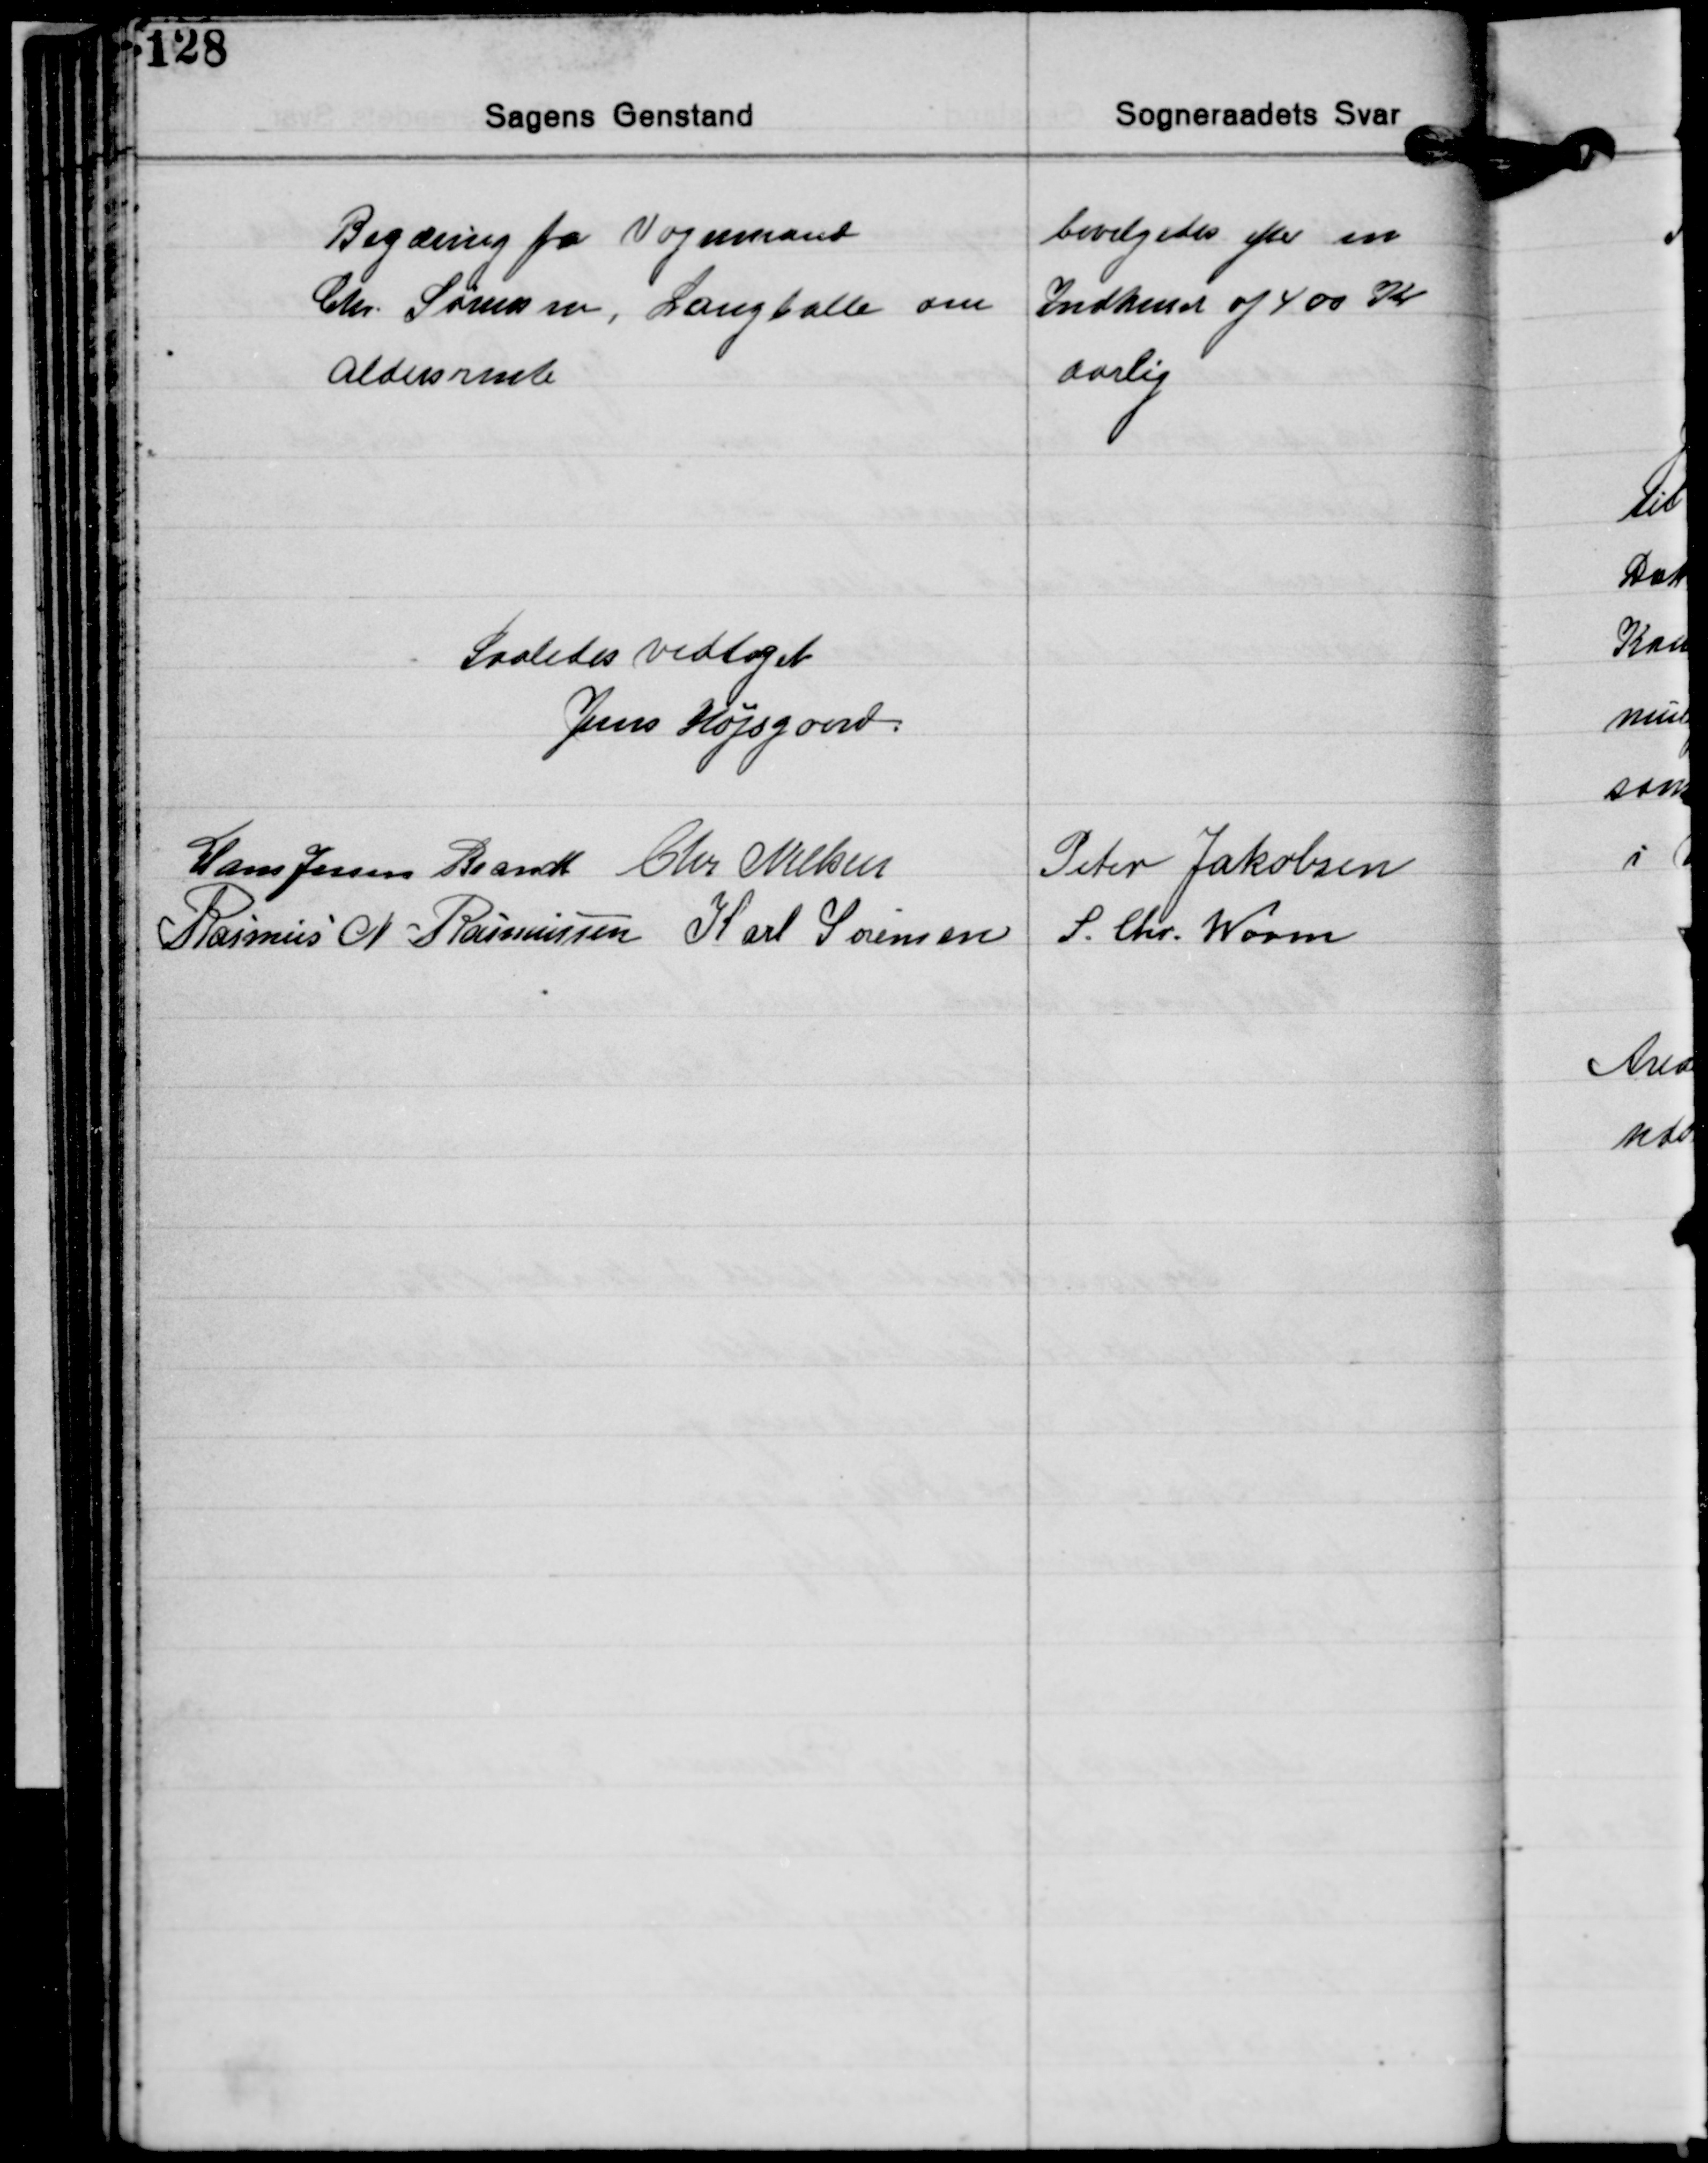
Transskription:
Begæring fra Vognmand
Chr. Sørensen, Langballe om
Aldersrente

bevilgedes efter en
Indkomst af 400 Kr
Aarlig

Saaledes vedtaget
Jens Højsgaard
Hans Jessen Brandt Chr. Nielsen Peter Jakobsen
S. Chr. Worm
Rasmus N. Rasmussen Karl Sørensen